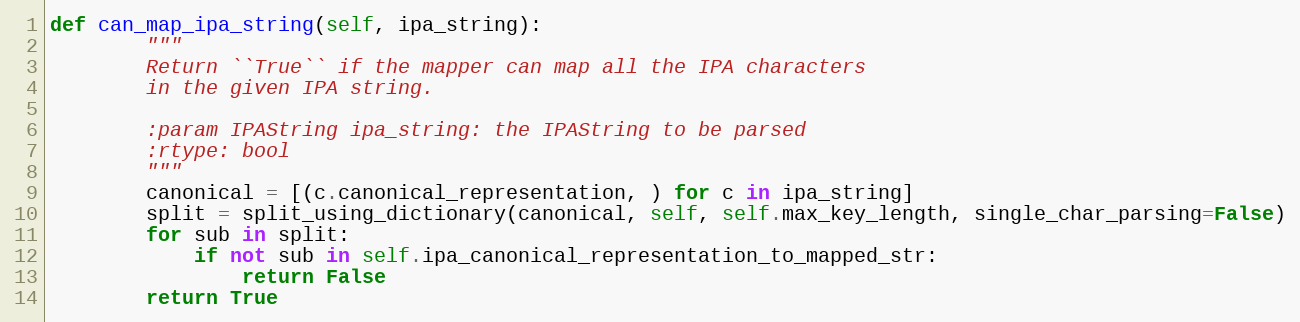
Language: Python
def can_map_ipa_string(self, ipa_string):
        """
        Return ``True`` if the mapper can map all the IPA characters
        in the given IPA string.

        :param IPAString ipa_string: the IPAString to be parsed
        :rtype: bool
        """
        canonical = [(c.canonical_representation, ) for c in ipa_string]
        split = split_using_dictionary(canonical, self, self.max_key_length, single_char_parsing=False)
        for sub in split:
            if not sub in self.ipa_canonical_representation_to_mapped_str:
                return False
        return True